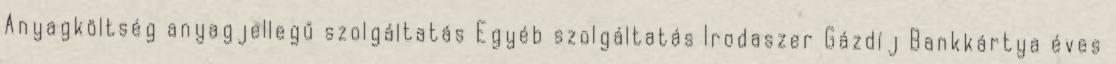
Anyagköltség anyagjellegű szolgáltatás Egyéb szolgáltatás Irodaszer Gázdíj Bankkártya éves